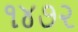
૧૪૭૨